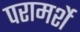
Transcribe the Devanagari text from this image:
परामर्शे